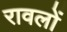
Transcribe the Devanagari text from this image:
रावलों